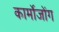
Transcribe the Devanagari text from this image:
कार्मोजोंग